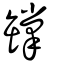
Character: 罉